Punjab Mental Hospital Lahore 1932-46 - 1932-1946
Year: 1932
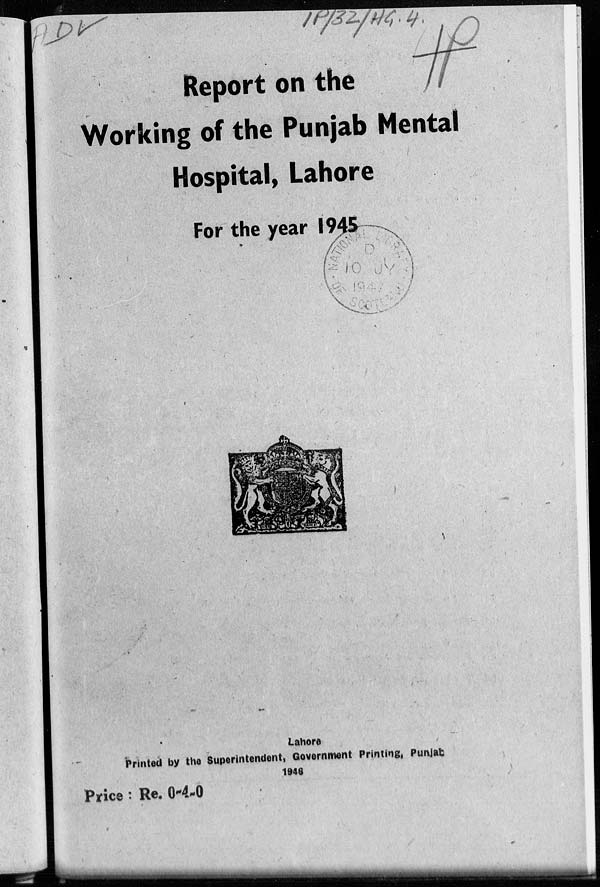
Report on the
Working of the Punjab Mental
Hospital, Lahore
For the year 1945
Lahore
Printed by the Superintendent, Government Printing, Punjab.
1946
Price: Re. 0-4-0